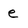
Character: e